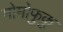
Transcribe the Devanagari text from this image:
मोमोफुकु